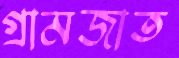
গ্রামজাত